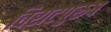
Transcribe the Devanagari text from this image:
विराटपुरुष